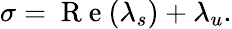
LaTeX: \sigma=\mathrm{~R~e~}(\lambda_{s})+\lambda_{u}.